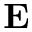
\mathbf { E }